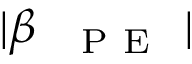
| \beta _ { \mathrm { ~ \textsc ~ { ~ P ~ E ~ } ~ } } |